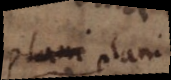
plani plani